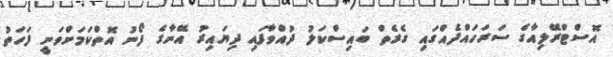
އޮސްޓްރޭލިއާގެ ސަރަހައްދެއްގައި ގެރެތް ބައިސްކަލު ދުއްވާފައި ދިޔައިރު އޭނާގެ ފޯނު އޮތްކަމަށްވަނީ ފަހަތު